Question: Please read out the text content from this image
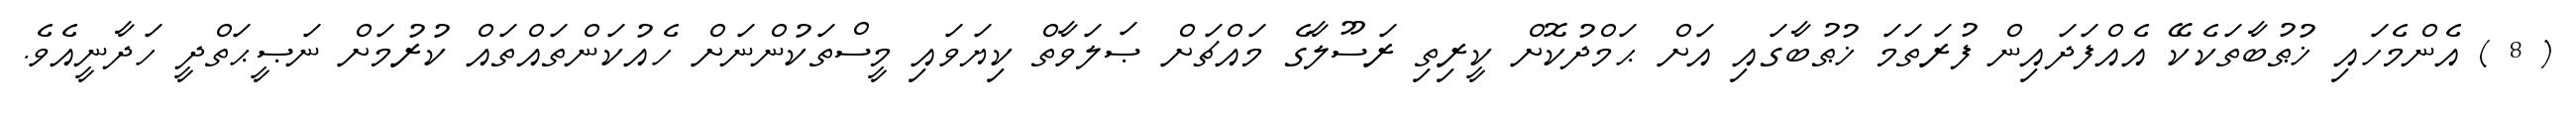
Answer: ( 8 ) އެންމެހައި ޚުޠުބާތަކެކޭ އެއްފަދައިން ފުރަތަމަ ޚުޠުބާގައި އަށް ޙަމްދުކޮށް ކީރިތި ރަސޫލާގެ މައްޗަށް ޞަލަވާތް ކިޔަވައި މީސްތަކުންނަށް ހެއުކަންތައްތައް ކުރުމަށް ނަޞީޙަތްދީ ހަދާނީއެވެ.